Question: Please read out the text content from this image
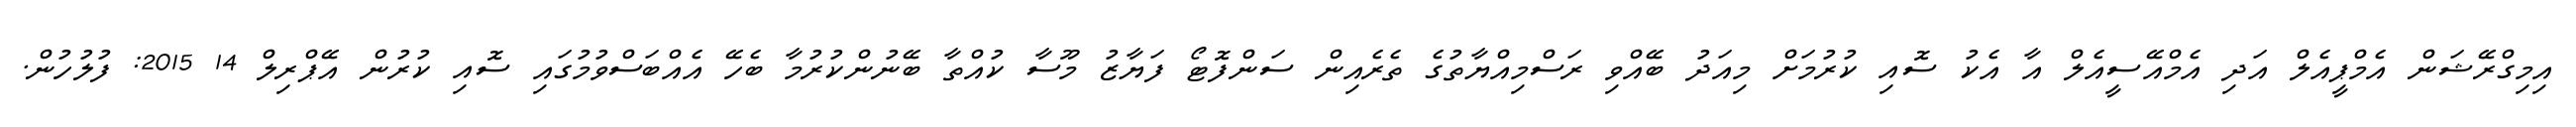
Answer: އިމިގްރޭޝަން އެމްޕީއެލް އަދި އެމްއޭސީއެލް އާ އެކު ސޮއި ކުރުމަށް މިއަދު ބޭއްވި ރަސްމިއްޔާތުގެ ތެރެއިން ސަންފޮޓޯ ފަޔާޒު މޫސާ ކުއްތާ ބޭނުންކުރުމާ ބެހޭ އެއްބަސްވުމުގައި ސޮއި ކުރުން އޭޕްރިލް 14 2015: ފުލުހުން.